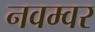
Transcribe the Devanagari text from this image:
नवम्‍वर